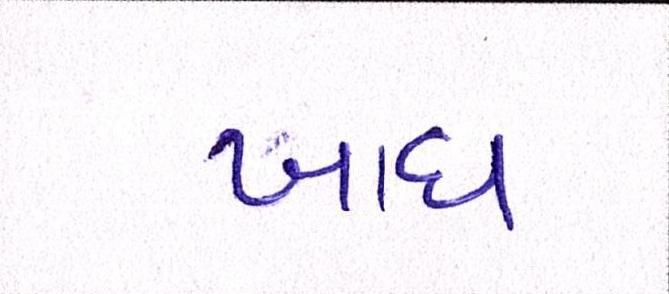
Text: ખાધ